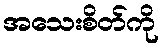
အသေးစိတ်ကို